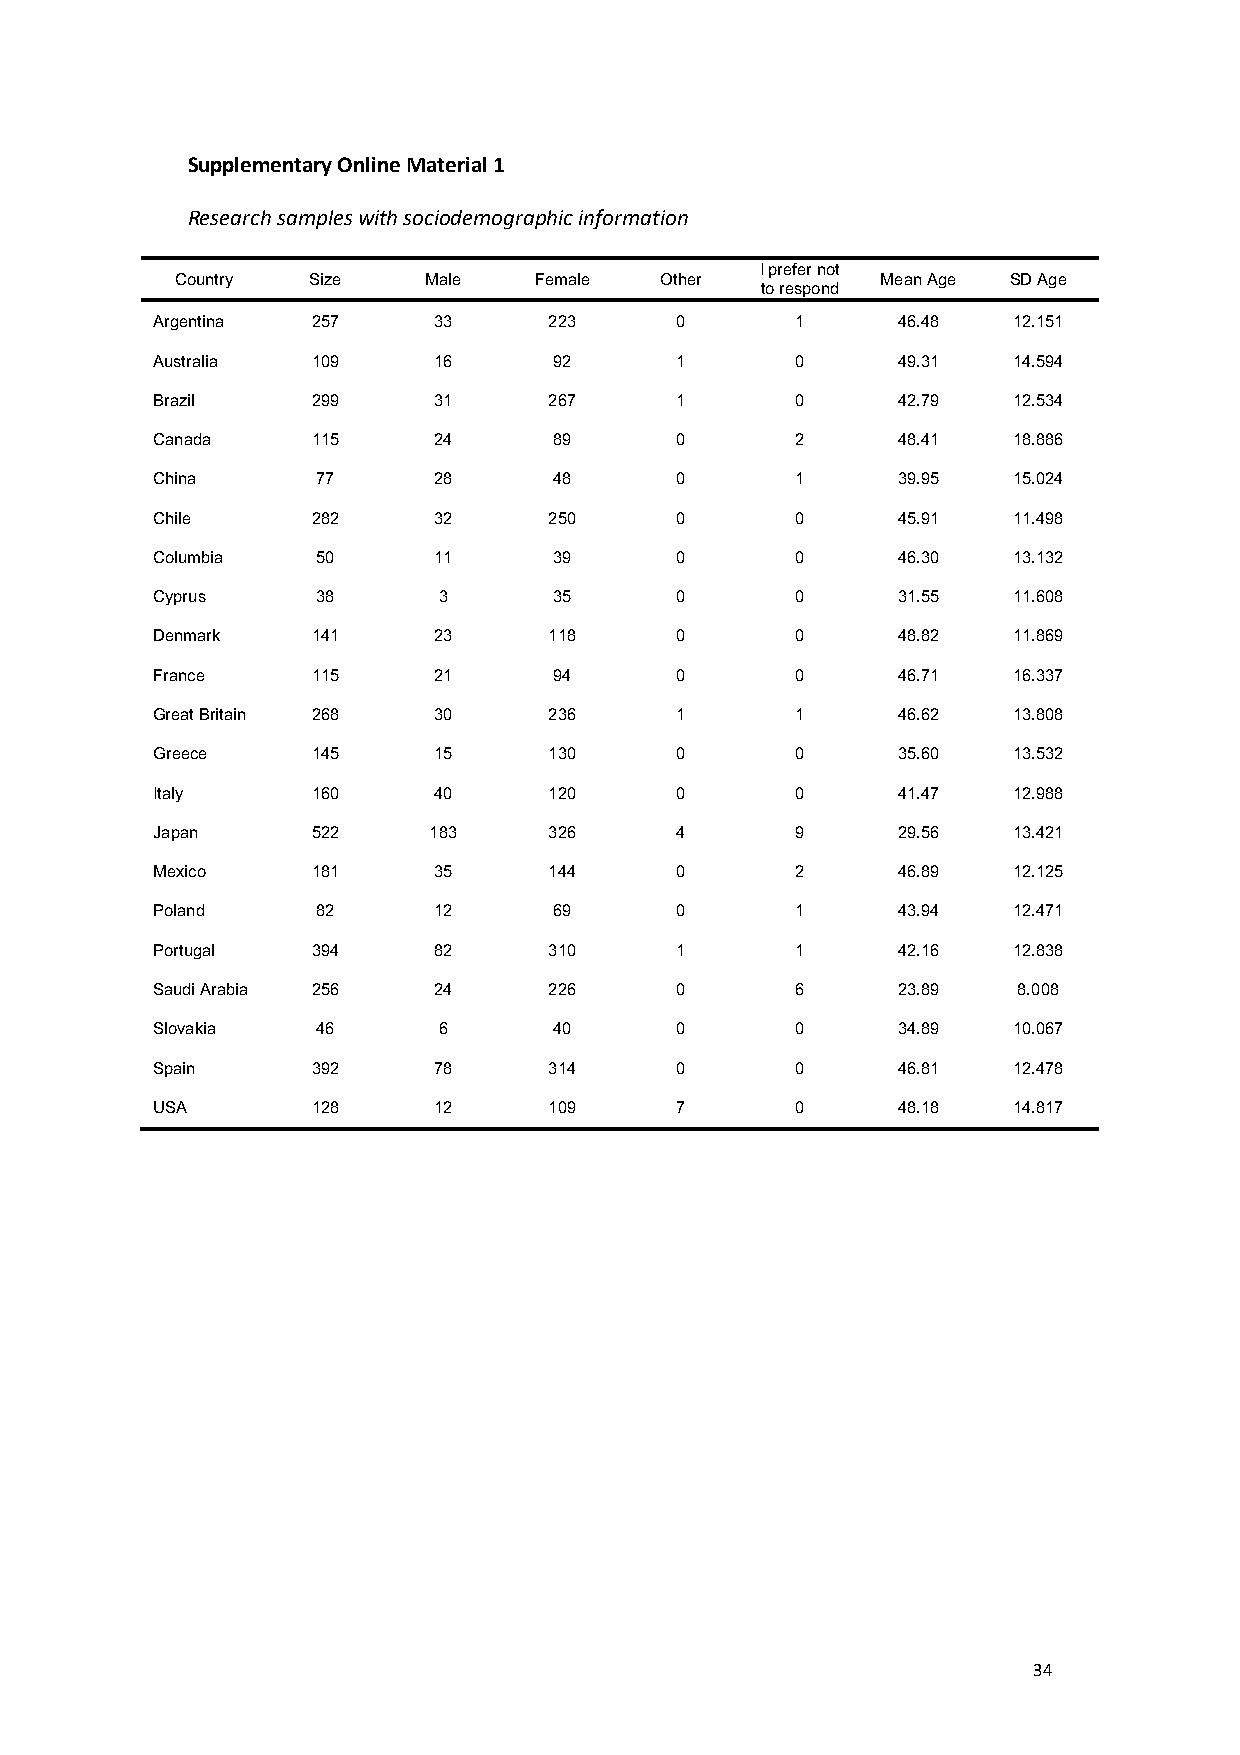
Supplementary Online Material 1
 Research samples with sociodemographic information
 I prefer not
 Country Size    Male   Female   Other         Mean Age SD Age
 to respond
 Argentina  257     33     223      0       1     46.48   12.151
 Australia  109     16      92      1       0     49.31   14.594
 Brazil     299     31     267      1       0     42.79   12.534
 Canada     115     24      89      0       2     48.41   18.886
 China      77      28      48      0       1     39.95   15.024
 Chile      282     32     250      0       0     45.91   11.498
 Columbia   50      11      39      0       0     46.30   13.132
 Cyprus     38      3       35      0       0     31.55   11.608
 Denmark    141     23     118      0       0     48.82   11.869
 France     115     21      94      0       0     46.71   16.337
 Great Britain 268  30     236      1       1     46.62   13.808
 Greece     145     15     130      0       0     35.60   13.532
 Italy      160     40     120      0       0     41.47   12.988
 Japan      522    183     326      4       9     29.56   13.421
 Mexico     181     35     144      0       2     46.89   12.125
 Poland     82      12      69      0       1     43.94   12.471
 Portugal   394     82     310      1       1     42.16   12.838
 Saudi Arabia 256   24     226      0       6     23.89   8.008
 Slovakia   46      6       40      0       0     34.89   10.067
 Spain      392     78     314      0       0     46.81   12.478
 USA        128     12     109      7       0     48.18   14.817
 34